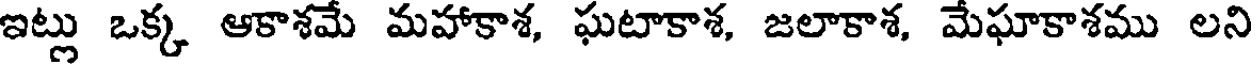
ఇట్లు ఒక్క ఆకాశమే మహాకాశ, ఘటాకాశ, జలాకాశ, మేఘాకాశము లని